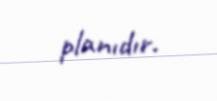
planıdır.